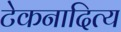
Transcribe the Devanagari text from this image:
टेकनादित्य